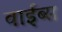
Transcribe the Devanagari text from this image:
वाईब्स